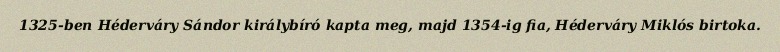
1325-ben Héderváry Sándor királybíró kapta meg, majd 1354-ig fia, Héderváry Miklós birtoka.